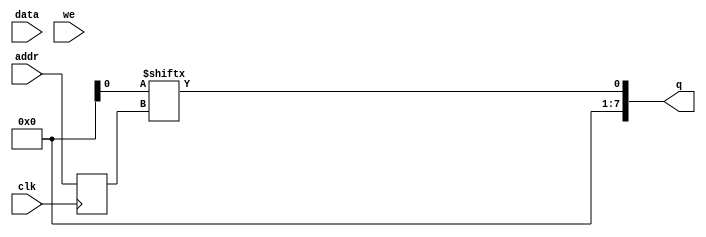
module sram(q,data,addr,we,clk);
	input [7:0] data;
	input [5:0] addr;
	input we, clk;
	output [7:0] q;
	
	reg [7:0] sram[63:0];
	
	reg [5:0] addr_reg;
	
	always @ (posedge clk)
	begin
		if (we)
			ram[addr] <= data;
		addr_reg <= addr;
	end
		
	assign q = ram[addr_reg];
	
endmodule